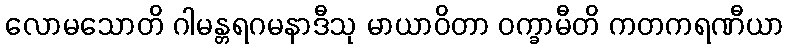
လောမသောတိ ဂါမန္တရဂမနာဒီသု မာယာဝိတာ ဝက္ခာမီတိ ကတကရဏီယာ